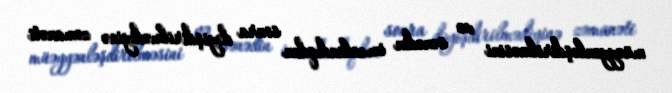
müəyyənləşdirilməsini və sənədin imzalandıqdan sonra dəyişdirilmədiyinə zəmanəti